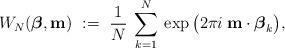
LaTeX: \begin{align*} W_N(\mbox{\boldmath $\beta$},{\bf m}) \ := \ \frac{1}{N} \:\sum_{k =1}^N \: \exp \big ( 2 \pi i\:{\bf m} \cdot \mbox{\boldmath $\beta$}_k \big), \end{align*}